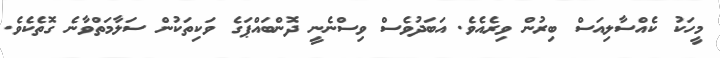
މީހަކު ކެއްސާލިއަސް ބިރުން ވިރެއެވެ. އަބަދުވެސް ވިސްނެނީ ދޮންބައްޕަގެ ވަކިތަކުން ސަލާމަތްވާނެ ގޮތެކެވެ.